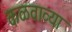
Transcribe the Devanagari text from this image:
कळवाव्या